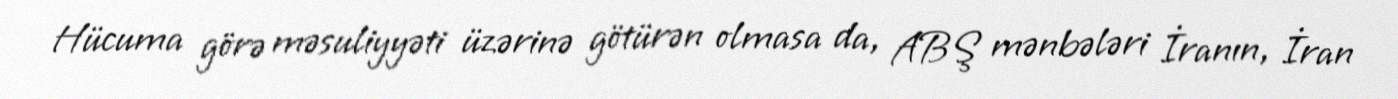
Hücuma görə məsuliyyəti üzərinə götürən olmasa da, ABŞ mənbələri İranın, İran